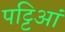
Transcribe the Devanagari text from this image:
पट्टिआं